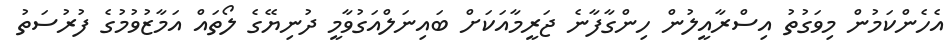
އެހެންކަމުން މިވަގުތު އިސްރާއީލުން ހިންގާފާނެ ޖަރީމާއަކަށް ބައިނަލްއަގުވާމީ ދުނިޔޭގެ ލޯތައް އަމާޒުވުމުގެ ފުރުސަތު